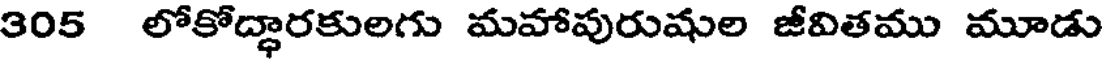
305 లోకోద్ధారకులగు మహాపురుషుల జీవితము మూడు